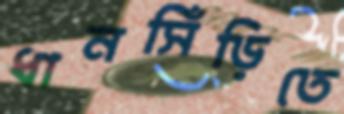
ধানসিঁড়িতে